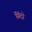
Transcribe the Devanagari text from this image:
सिंदो